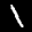
Label: 1